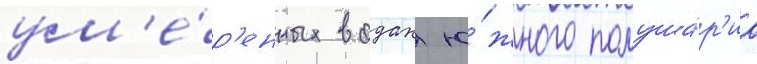
ум'е́р'енных водах ю́жного полуша́р'иа